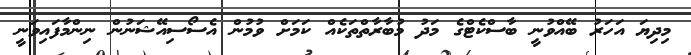
މިދިޔަ އަހަރު ބޭއްވުނީ ބާސްކެޓްގެ މަދު މުބާރާތްތަކެއް ކަމަށް ވުމުން އެސޯސިއޭޝަނުން ނިންމާފައިވަނީ